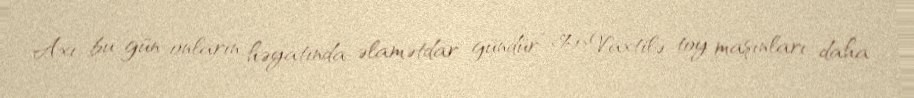
Axı bu gün onların həyatında əlamətdar gündür”.<%1>Vaxtilə toy maşınları daha